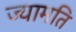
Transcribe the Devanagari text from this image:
ज्यामति